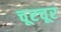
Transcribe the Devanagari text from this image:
चूरचूर